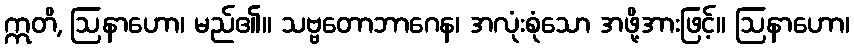
ဣတိ, ဩနာဟော၊ မည်၏။ သဗ္ဗတောဘာဂေန၊ အလုံးစုံသော အဖို့အားဖြင့်။ ဩနာဟော၊